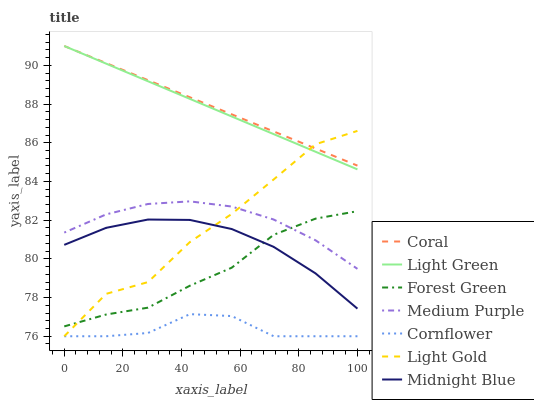
| xaxis_label | Coral | Light Green | Forest Green | Medium Purple | Cornflower | Light Gold | Midnight Blue |
 | --- | --- | --- | --- | --- | --- | --- | --- |
 | 0 | 91 | 91 | 76.5 | 81.4 | 76 | 76 | 80.7 |
 | 14.3 | 90.1 | 90.1 | 77.1 | 82.3 | 76 | 78.2 | 81.6 |
 | 28.6 | 89.2 | 89.2 | 77.5 | 82.8 | 76.2 | 78.8 | 82 |
 | 42.9 | 88.4 | 88.3 | 78.6 | 83 | 77.1 | 80.9 | 82 |
 | 57.1 | 87.5 | 87.4 | 79.5 | 82.7 | 77 | 82.3 | 81.5 |
 | 71.4 | 86.6 | 86.4 | 81.2 | 82 | 76 | 84.1 | 80.6 |
 | 85.7 | 85.7 | 85.5 | 82.1 | 81 | 76 | 85.9 | 79.2 |
 | 100 | 84.8 | 84.6 | 82.5 | 79.5 | 76 | 86.6 | 77.4 |